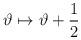
LaTeX: \begin{align*}\vartheta \mapsto \vartheta + \frac{\textstyle 1}{\textstyle 2}\,\end{align*}